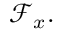
{ \mathcal { F } } _ { x } .